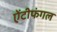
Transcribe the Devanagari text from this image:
ऐंटीफंगल